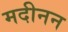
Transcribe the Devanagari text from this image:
मदीनन